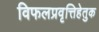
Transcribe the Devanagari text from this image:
विफलप्रवृत्तिहेतुक